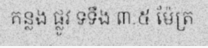
គន្លង ផ្លូវ ទទឹង ៣.៥ ម៉ែត្រ